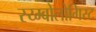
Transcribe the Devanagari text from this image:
स्य्म्बोलोगिस्ट